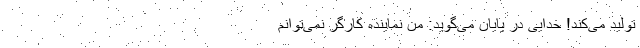
تولید می‌کند! خدایی در پایان می‌گوید: منِ نماینده کارگر نمی‌توانم